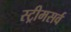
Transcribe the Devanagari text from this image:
स्ट्रीमसर्व